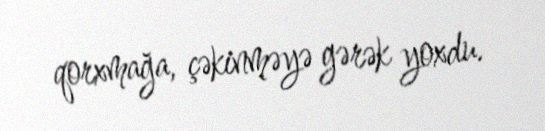
qorxmağa, çəkinməyə gərək yoxdu.